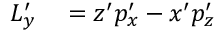
\begin{array} { r l } { L _ { y } ^ { \prime } } & { { } = z ^ { \prime } p _ { x } ^ { \prime } - x ^ { \prime } p _ { z } ^ { \prime } } \end{array}